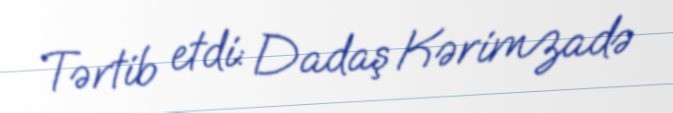
Tərtib etdi: Dadaş Kərimzadə